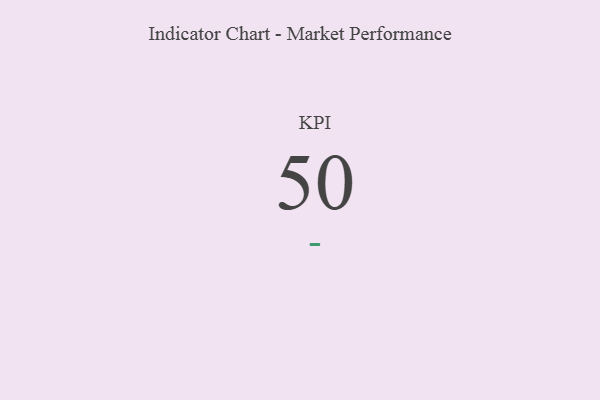
{"axis": {"x": "KPI", "y": "Value"}, "legend": [""], "data": [{"x": "KPI", "y": 50, "type": ""}]}